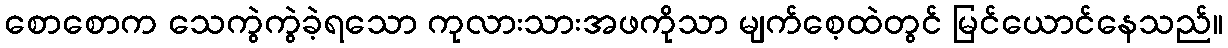
စောစောက သေကွဲကွဲခဲ့ရသော ကုလားသားအဖကိုသာ မျက်စေ့ထဲတွင် မြင်ယောင်နေသည်။